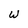
Character: W